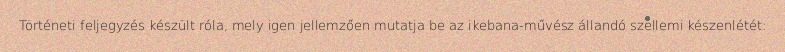
Történeti feljegyzés készült róla, mely igen jellemzően mutatja be az ikebana-művész állandó szellemi készenlétét: